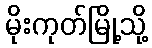
မိုးကုတ်မြို့သို့